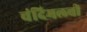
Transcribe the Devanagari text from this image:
चंदिमलची